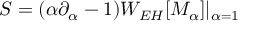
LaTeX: S = ( \alpha \partial _ { \alpha } - 1 ) W _ { E H } [ M _ { \alpha } ] | _ { \alpha = 1 } ~ ~